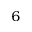
^ 6